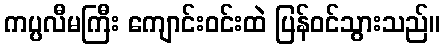
ကပ္ပလီမကြီး ကျောင်းဝင်းထဲ ပြန်ဝင်သွားသည်။